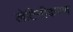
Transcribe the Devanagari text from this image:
लेटिनीकरण